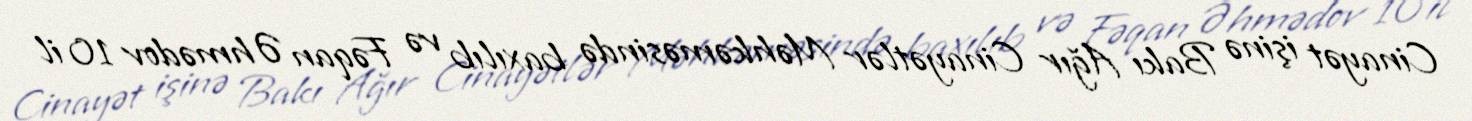
Cinayət işinə Bakı Ağır Cinayətlər Məhkəməsində baxılıb və Fəqan Əhmədov 10 il